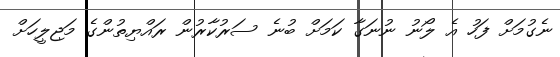
ނެގުމަށް ފަހު އެ ލޯނު ނުނަގާ ކަމަށް ބުނެ ސަރުކާރުން ރައްޔިތުންގެ މަޖިލީހަށް